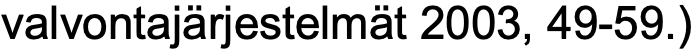
valvontajärjestelmät 2003, 49-59.)